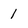
Character: 1